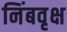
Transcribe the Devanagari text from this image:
निंबवृक्ष